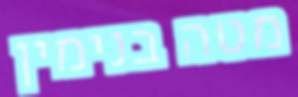
מטה בנימין